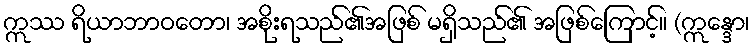
ဣဿ ရိယာဘာဝတော၊ အစိုးရသည်၏အဖြစ် မရှိသည်၏ အဖြစ်ကြောင့်။ (ဣန္ဒော၊